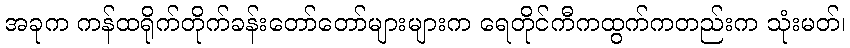
အခုက ကန်ထရိုက်တိုက်ခန်းတော်တော်များများက ရေတိုင်ကီကထွက်ကတည်းက သုံးမတ်၊